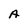
Character: A